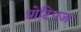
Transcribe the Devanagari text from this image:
प्रोटिएज